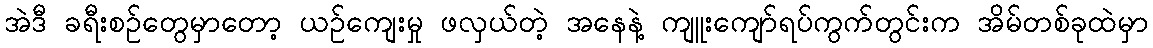
အဲဒီ ခရီးစဉ်တွေမှာတော့ ယဉ်ကျေးမှု ဖလှယ်တဲ့ အနေနဲ့ ကျူးကျော်ရပ်ကွက်တွင်းက အိမ်တစ်ခုထဲမှာ